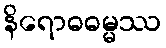
နိရောဓဓမ္မဿ